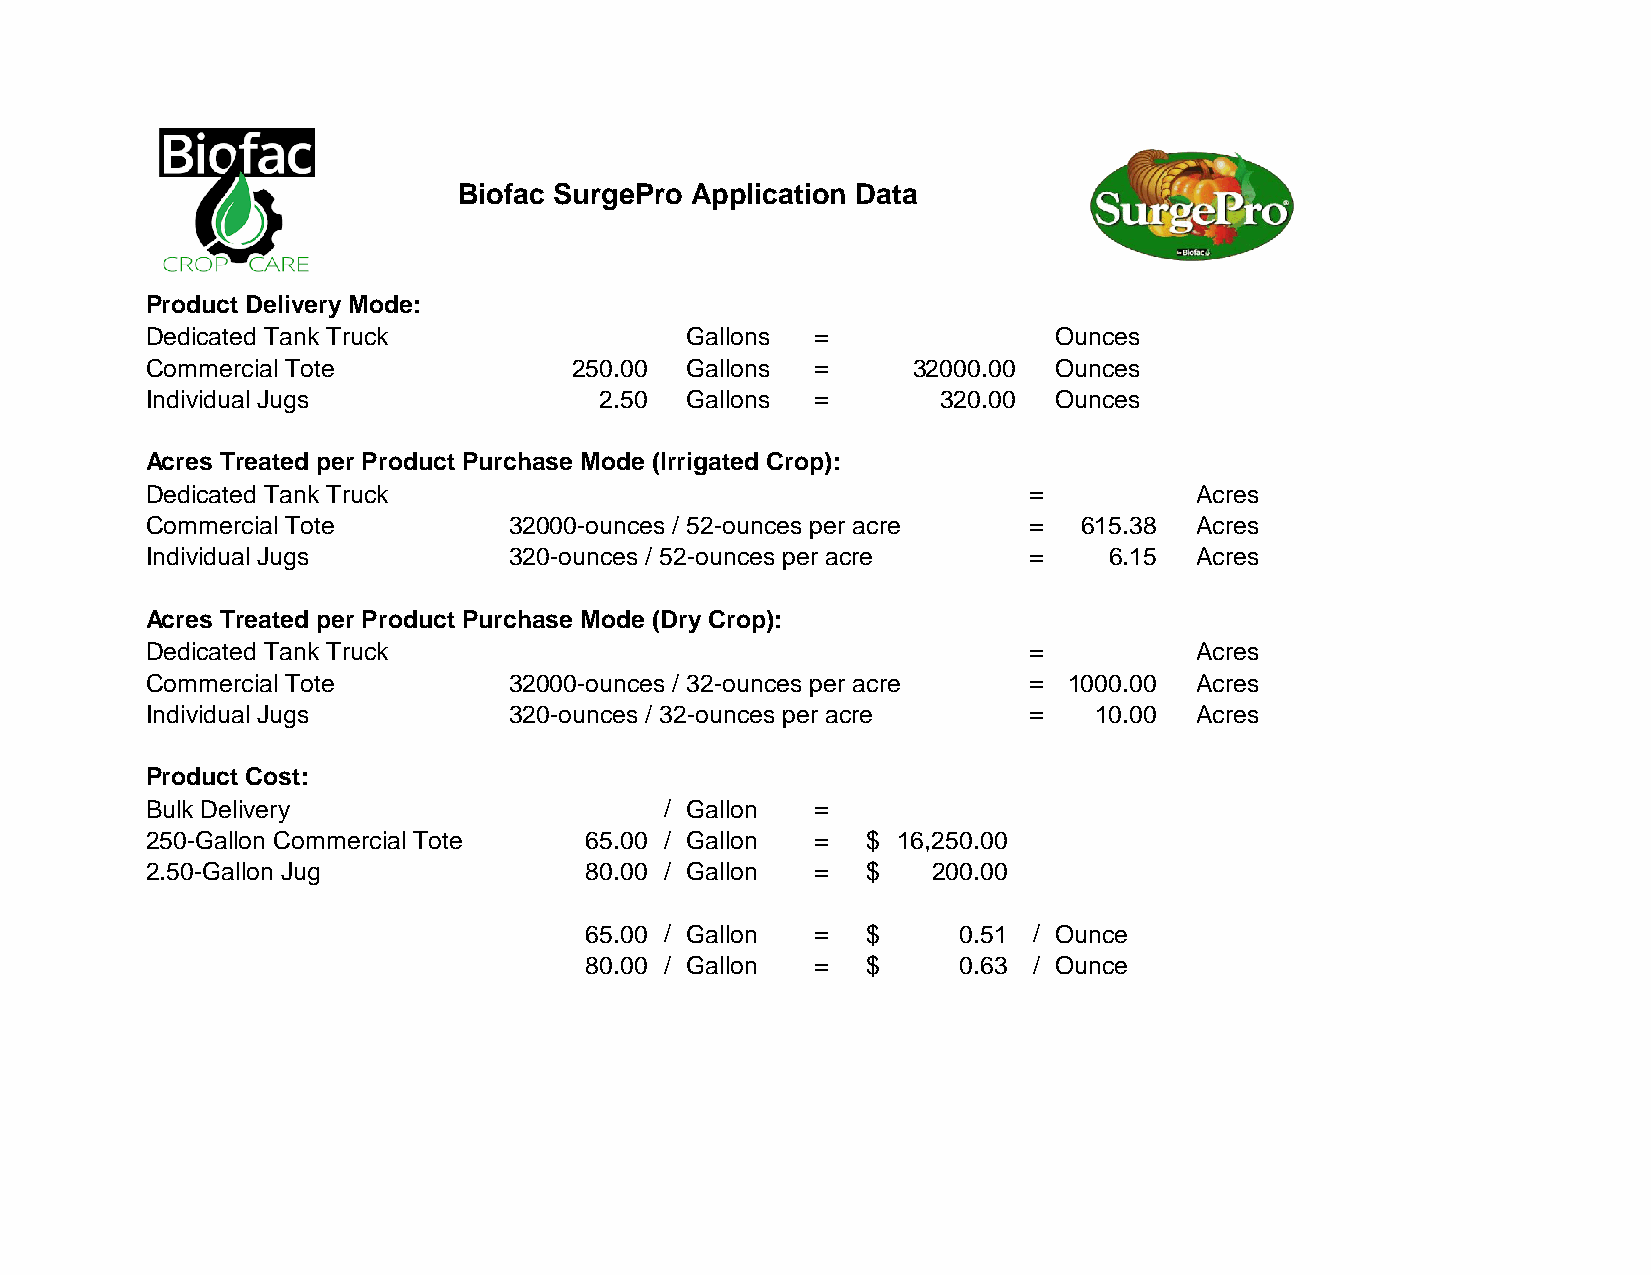
Biofac SurgePro Application Data
 Product Delivery Mode:
 Dedicated Tank Truck               Gallons  =               Ounces
 Commercial Tote             250.00 Gallons  =     32000.00  Ounces
 Individual Jugs               2.50 Gallons  =       320.00  Ounces
 Acres Treated per Product Purchase Mode (Irrigated Crop):
 Dedicated Tank Truck                                      =          Acres
 Commercial Tote         32000-ounces / 52-ounces per acre =   615.38 Acres
 Individual Jugs         320-ounces / 52-ounces per acre   =    6.15  Acres
 Acres Treated per Product Purchase Mode (Dry Crop):
 Dedicated Tank Truck                                      =          Acres
 Commercial Tote         32000-ounces / 32-ounces per acre =  1000.00 Acres
 Individual Jugs         320-ounces / 32-ounces per acre   =   10.00  Acres
 Product Cost:
 Bulk Delivery                     / Gallon  =
 250-Gallon Commercial Tote   65.00 / Gallon =  $ 16,250.00
 2.50-Gallon Jug              80.00 / Gallon =  $    200.00
 65.00 / Gallon =  $     0.51 / Ounce
 80.00 / Gallon =  $     0.63 / Ounce